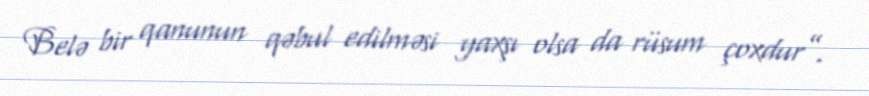
Belə bir qanunun qəbul edilməsi yaxşı olsa da rüsum çoxdur”.